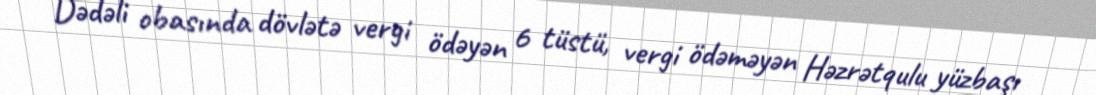
Dədəli obasında dövlətə vergi ödəyən 6 tüstü, vergi ödəməyən Həzrətqulu yüzbaşı